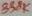
Text: 338K